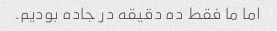
اما ما فقط ده دقیقه در جاده بودیم.